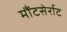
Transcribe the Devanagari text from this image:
मौंटसेर्राट